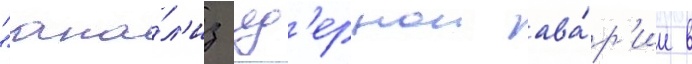
"ана́л'из яд'ернои ава́р'ии в